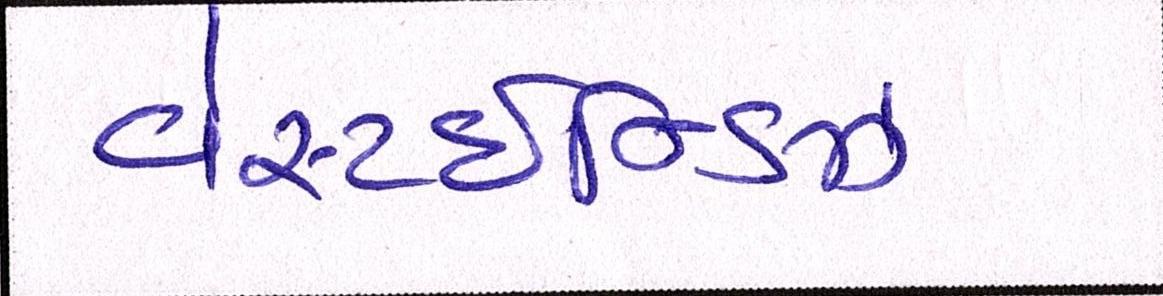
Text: વેસ્ટઈન્ડિઝ